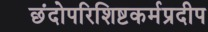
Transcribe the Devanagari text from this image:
छंदोपरिशिष्टकर्मप्रदीप